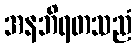
အနဘိရတသညံ